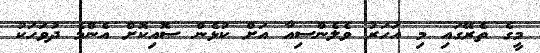
މީގެ ތެރޭގައި މި އަހަރު ވެލެންސިއާ އަށް ކުޅެން ސޮއިކޮށް އެންމެ ދުވަހަކު